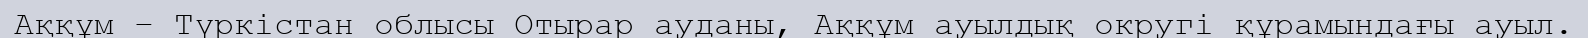
Аққұм – Түркістан облысы Отырар ауданы, Аққұм ауылдық округі құрамындағы ауыл.